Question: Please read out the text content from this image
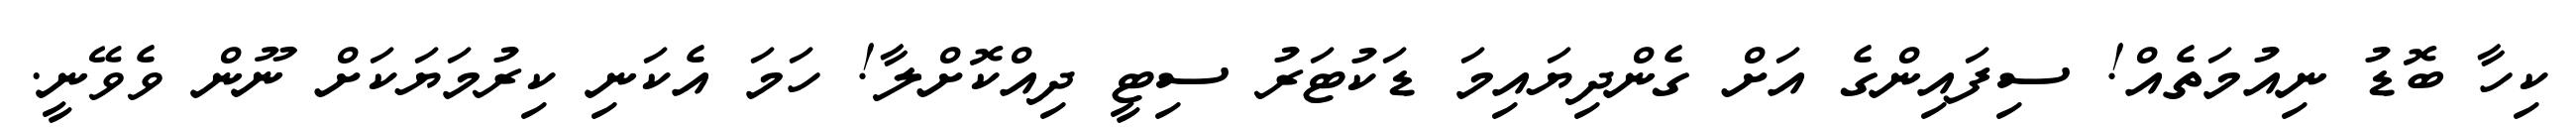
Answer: ކިހާ ބޮޑު ނިއުމަތެއް! ސިފައިންގެ އަށް ގެންދިޔައިމަ ޑަކުޓަރު ސިޓީ ދިއްކޮށްލާ! ހަމަ އެކަނި ކިރުމަޔަކަށް ނޫން ވެވޭނީ.